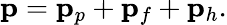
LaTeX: \mathbf{p}=\mathbf{p}_{p}+\mathbf{p}_{f}+\mathbf{p}_{h}.